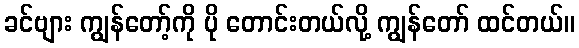
ခင်ဗျား ကျွန်တော့်ကို ပို တောင်းတယ်လို့ ကျွန်တော် ထင်တယ်။